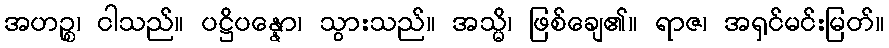
အဟဉ္စ၊ ငါသည်။ ပဋ္ဌိပန္နော၊ သွားသည်။ အသ္မိ၊ ဖြစ်ချေ၏။ ရာဇ၊ အရှင်မင်းမြတ်။